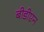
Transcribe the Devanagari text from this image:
बीडीएन